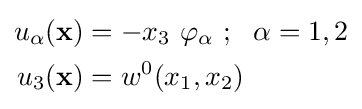
{\begin{aligned}u_{\alpha }(\mathbf {x} )&=-x_{3}~\varphi _{\alpha }~;~~\alpha =1,2\\u_{3}(\mathbf {x} )&=w^{0}(x_{1},x_{2})\end{aligned}}